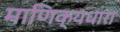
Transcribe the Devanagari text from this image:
माणिक्यधारा